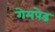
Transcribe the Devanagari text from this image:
गेमपेड